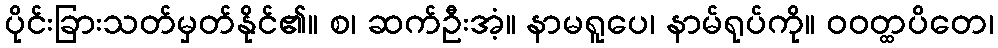
ပိုင်းခြားသတ်မှတ်နိုင်၏။ စ၊ ဆက်ဦးအံ့။ နာမရူပေ၊ နာမ်ရုပ်ကို။ ဝဝတ္ထပိတေ၊